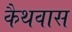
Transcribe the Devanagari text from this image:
कैथवास